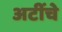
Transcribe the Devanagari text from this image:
अटींचे